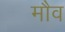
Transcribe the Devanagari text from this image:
मौव